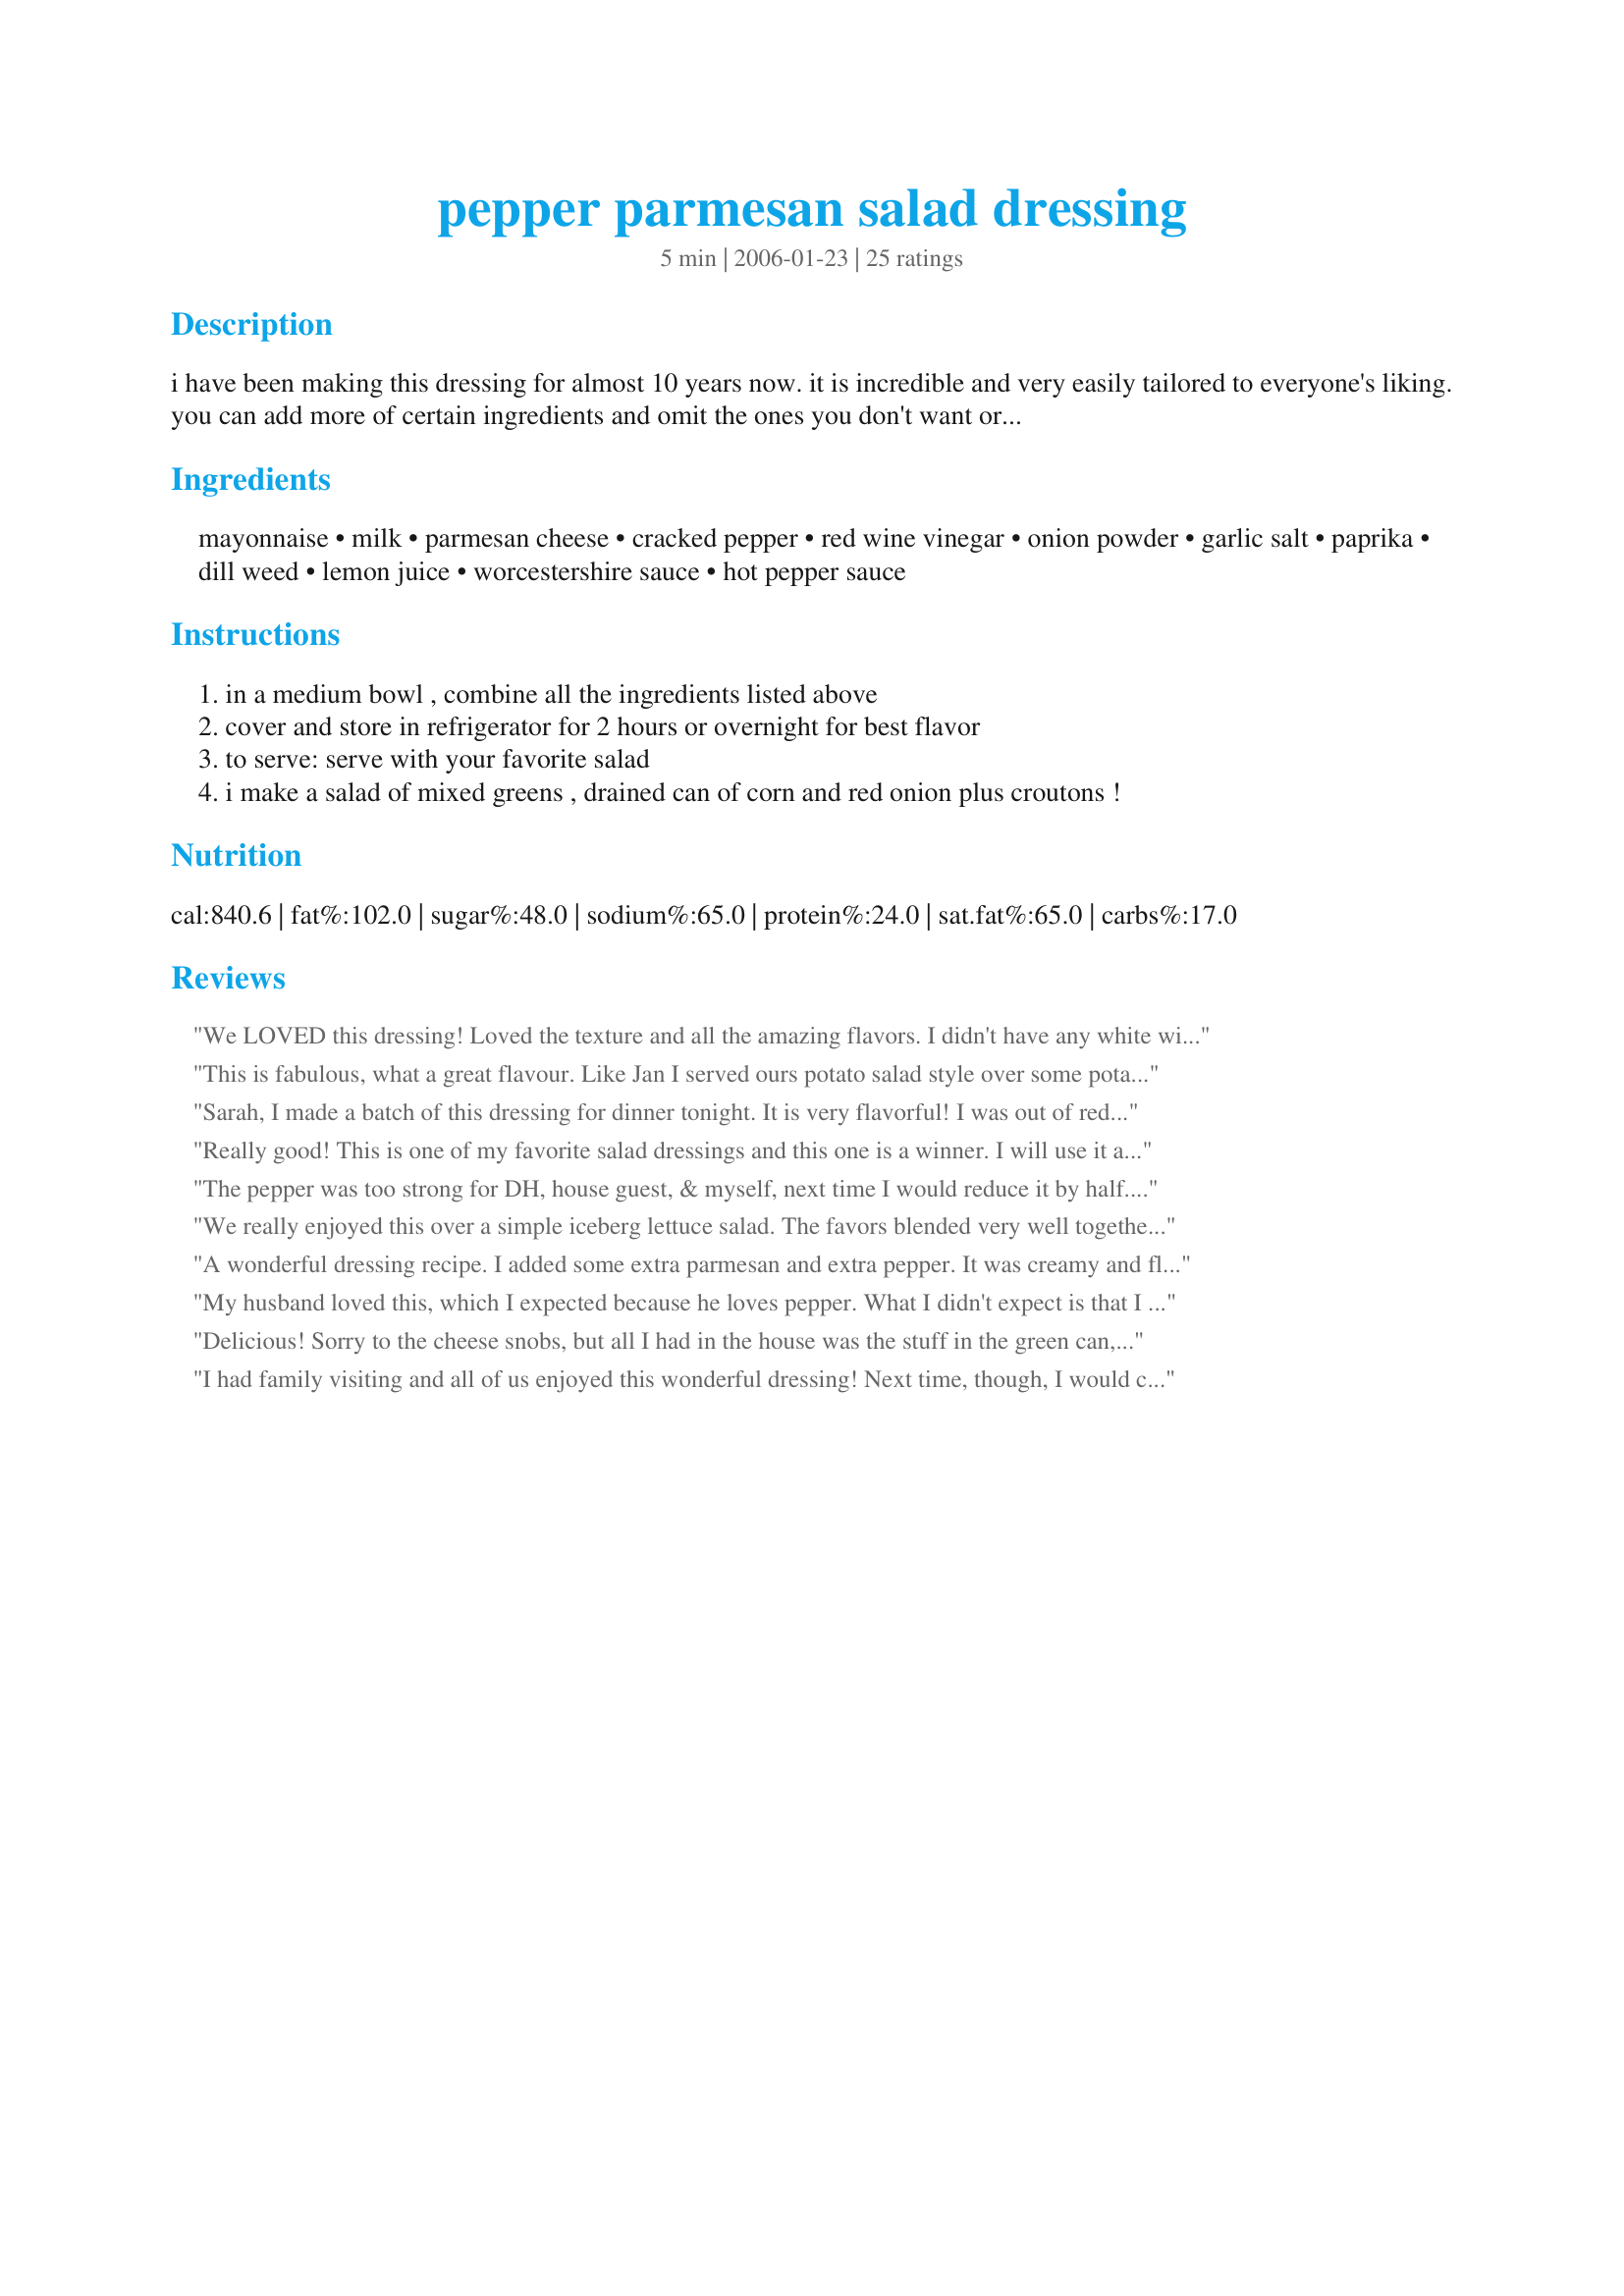
pepper parmesan salad dressing
Preparation time: 5 minutes

i have been making this dressing for almost 10 years now. it is incredible and very easily tailored to everyone's liking. you can add more of certain ingredients and omit the ones you don't want or don't have available. my measurements are somewhat approximate as i have gotten used to just shaking the spice bottles over the mixing bowl and adding more of certain ingredients to get it to my taste. so by all means, use the mayo/milk as a base for your special dressing and run with it!

Ingredients:
mayonnaise, milk, parmesan cheese, cracked pepper, red wine vinegar, onion powder, garlic salt, paprika, dill weed, lemon juice, worcestershire sauce, hot pepper sauce

Steps:
in a medium bowl , combine all the ingredients listed above
cover and store in refrigerator for 2 hours or overnight for best flavor
to serve: serve with your favorite salad
i make a salad of mixed greens , drained can of corn and red onion plus croutons !

Reviews:
We LOVED this dressing! Loved the texture and all the amazing flavors. I didn't have any white wine so I double the vinegar and used a little more minced onion than called for instead of onion powder. I'll be making this dressing regularly. Thanks for posting the recipe.
This is fabulous, what a great flavour. Like Jan I served ours potato salad style over some potatoes that I'd steamed and cooled slightly. Sprinkled with some dried, fried onions that I'd received as part of a Christmas present. I had just enough mayo in the jar so threw everything into the mayo jar and gave it a good shake. Will definitely be keeping some of this in the fridge.
Sarah, I made a batch of this dressing for dinner tonight. It is very flavorful! I was out of red wine vinegar so I subbed rice wine vinegar. The kids loved it so much that they were spooning it over the last of their noodles at dinner tonight. I'm just thankful they left me a little to top my salad with tomorrow at lunch. I will definitely make this again. Made and reviewed for the 30th AUS/NZ Recipe Swap.
Really good! This is one of my favorite salad dressings and this one is a winner. I will use it again! Thanks for sharing!
The pepper was too strong for DH, house guest, & myself, next time I would reduce it by half. I did not have garlic garlic salt so I subbed 1/2 teaspoon of mince garlic and 1/2 teaspoon of regular salt for garlic salt. Thanks for sharing. Congrats Mom2Rose for TOP (Tagged Out Player) win for Top Favorites of 2008 Game!
We really enjoyed this over a simple iceberg lettuce salad. The favors blended very well together. I left out the dill weed for personal preference, but other than that made as directed. Made for a bonus tag in the PotLuck Tag Game.
A wonderful dressing recipe. I added some extra parmesan and extra pepper. It was creamy and flavorful. Thanks for posting!
My husband loved this, which I expected because he loves pepper. What I didn't expect is that I would love it too. Thank you for a keeper!
Delicious! Sorry to the cheese snobs, but all I had in the house was the stuff in the green can, so that's what I used. ;-) I did add about a quarter teaspoon of Splenda to give it a bit of that hint of sweet that store bought dressings have so the fam would eat it. Tasting it as I went in the bowl it seemed too "dilly," but once it's over lettuce it goes perfectly. Thanks for a great recipe!
I had family visiting and all of us enjoyed this wonderful dressing! Next time, though, I would cut down on the paprika and cut out the hot pepper sauce. I cut the recipe in half because we only use about 2 - 3 T on our salads and it would take forever to use up. There are just too many dressings for us to try! I definately would do this one again as I always have these items in my cupboards and fridge! Thanks for the posting!
Delicious salad dressing! I loveee the black pepper mixed with the mayo (I used Vegenaise). Yummy. All the other additions added extra flavor layers. I'm so glad I have a jar that I can use all week! Thank you Sarah!
The flavor of this was a little strong for us. I added a couple of tablespoons of sugar to help mellow the flavor.
Made for March, 2008 Aussie/NZ Swap. I served this on my turkey chef salad. It was a very good, substantial salad dressing. I really enjoyed the "kick" of the cracked pepper and the hot sauce. It's a good dressing that can be varied in many different ways. Thanks for sharing, Mom2Rose.
This made a great dressing for a tossed salad. But I cut several of the spices by about 1/3 to 1/2: the pepper, dill, and paprika. Otherwise the spices would have been too strong for our taste. With the changes I made, I would definitely make this again; thanks for sharing your recipe.
This dressing was delicious! I followed the directions and didn't make any changes. The pepper gave the dressing a real kick, which my family really enjoyed. Thank you Mom2Rose for a great recipe!
This dressing is awesome!! I have made it twice now and it is now becoming the "requested" dressing that I bring to family gatherings! Thank you so much for posting it!
I'm in love!! I made it to use over potatoes and it was excellent. The only thing I did different was to use onion flakes (which I crushed) in place of the onion powder. I took the potato salad to share with friends who loved it too.
Wonderful dressing. Instead of garlic salt, I used garlic powder. It was very yummy. Great taste with the parmesan cheese. Thanks Mom2Rose :) Made for I Recommend tag game
Made this for the Aussie/NZ Recipe Swap #85--Feb. 2014 and this is another winner for us. I cut the recipe in half but otherwise followed the instructions....love the dill! I served this, of course, over salad greens, tomato and onions and also with your recipe#230034#230034 and mashed potatoes. Wonderful dinner and one I will repeat again. Thank you for posting.
Yummy dressing! Loved all the herbs. I halved the recipe easily. Thanks! Made for the French forum's Herb of the Month-March.
I also reduced the recipe down to 1/2 cup yield, replacing regular paprika with a dash of Spanish smoked paprika. This should be prepared several hours in advance for best flavor. Served as a topping for: Recipe #407694. Made for Spice of the Month: Paprika in French Forum. thanks! This was good stuff!
Mmmm, what a great salad dressing! It is so creamy, yet not too heavy and also very, very flavourful. We all loved the dill with the red wine vinegar and the little bit of heat from the chili. YUM!<br/>I left out the Worcestershire sauce and used part yogurt for the mayonnaise, which worked out nicely.<br/>THANK YOU SO MUCH for sharing this keeper with us, Mom2Rose!<br/>Made and reviewed for Aussie/NZ Recipe Swap #52 May 2011.
Had soup and salad for lunch today - your recipe#281415 and a lovely green salad topped with your dressing. A very good dressing - can see endless combinations with this one! We are very fond of parmesan cheese - this gives us one to vary with our Caesar dressing. Had fresh dill which is an excellent addition. Added to my collection of dressings - going to have fun playing with this one! Recipenap for Auz/NZ Swap.
This is delicious!!! I reduced the recipe way down to 1/4 cup for just two of us. I'm usually not a huge fan of creamy dressings but this was so rich and creamy with just the right amount of peppery bite! I didn't have hot sauce so I used a tiny bit of cayenne powder instead. I really have to hold myself back from eating it plain! Thanks for sharing!
Sounds OK!
